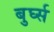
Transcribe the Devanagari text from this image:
बुर्घ्स